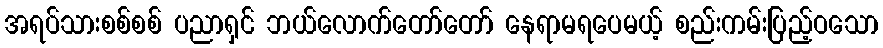
အရပ်သားစစ်စစ် ပညာရှင် ဘယ်လောက်တော်တော် နေရာမရပေမယ့် စည်းကမ်းပြည့်ဝသော